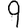
Digit: 9